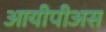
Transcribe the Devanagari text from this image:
आयीपीअस